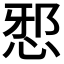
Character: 𭜺